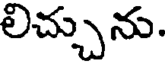
లిచ్చును.